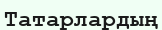
Татарлардың